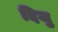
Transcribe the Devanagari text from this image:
दिजु